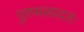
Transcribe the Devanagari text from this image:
गुरुप्रसादतः